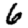
Digit: 6